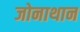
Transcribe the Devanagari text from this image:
जोनाथान